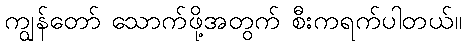
ကျွန်တော် သောက်ဖို့အတွက် စီးကရက်ပါတယ်။